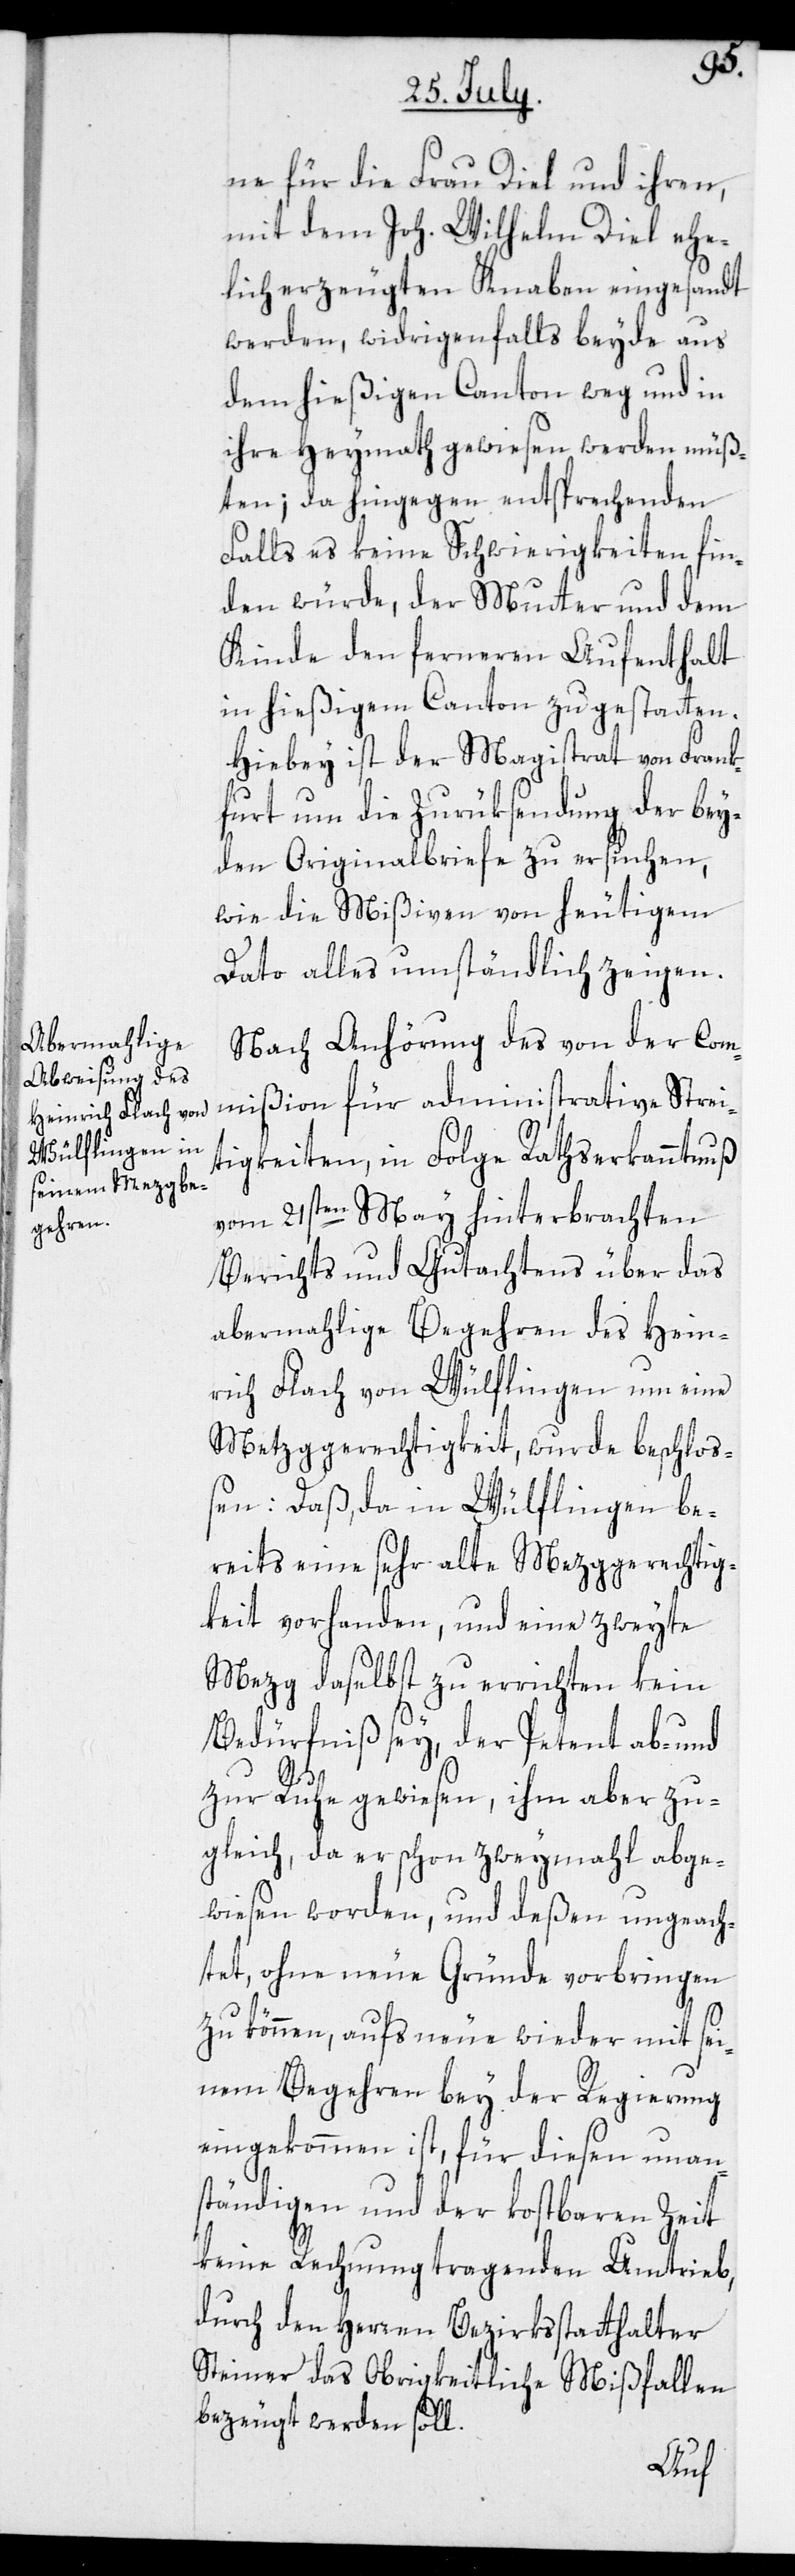
ne für die Frau Diel und ihren,
mit dem Joh. Wilhelm Diel ehe¬
lich erzeugten Knaben eingesandt
werden, widrigenfalls beyde aus
dem hießigen Canton weg und in
ihre Heymath gewiesen werden müß¬
ten; da hingegen entsprechenden
Falls es keine Schwierigkeiten fin¬
den würde, der Mutter und dem
Kinde den ferneren Aufenthalt
in hießigem Canton zu gestatten.
Hiebey ist der Magistrat von Frank¬
furt um die Zurüksendung der bey¬
den Originalbriefe zu ersuchen,
wie die Mißiven von heutigem
Dato alles umständlich zeigen.
Nach Anhörung des von der Com¬
mißion für administrative Strei¬
tigkeiten, in Folge Rathserkanntnuß
vom 21sten May hinterbrachten
Berichts und Gutachtens über das
abermahlige Begehren des Hein¬
rich Flach von Wülflingen, um eine
Metzggerechtigkeit, wurde beschloß¬
en: Daß, da in Wülflingen be¬
reits eine sehr alte Mezggerechtig¬
keit vorhanden, und eine zweyte
Mezg daselbst zu errichten kein
Bedürfniß sey, der Petent ab- und
zur Ruhe gewiesen, ihm aber zu¬
gleich, da er schon zweymahl abge¬
wiesen worden, und deßen ungeach¬
tet, ohne neue Gründe vorbringen
zu können, aufs neue wieder mit sei¬
nem Begehren bey der Regierung
eingekommen ist, für diesen unan¬
ständigen und der kostbaren Zeit
keine Rechnung tragenden Umtrieb,
durch den Herren Bezirksstatthalter
Steiner das Obrigkeitliche Mißfallen
bezeugt werden soll.